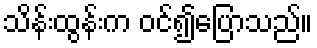
သိန်းထွန်းက ဝင်၍ပြောသည်။